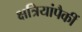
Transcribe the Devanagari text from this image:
क्षत्रियांपैकीं